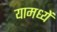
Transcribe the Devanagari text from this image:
यामध्यें